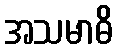
အသမာဓိ